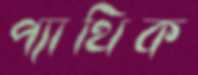
প্যাথিক